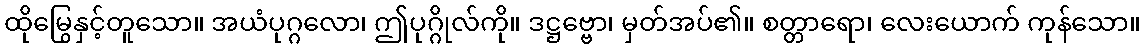
ထိုမြွေနှင့်တူသော။ အယံပုဂ္ဂလော၊ ဤပုဂ္ဂိုလ်ကို။ ဒဋ္ဌဗ္ဗော၊ မှတ်အပ်၏။ စတ္တာရော၊ လေးယောက် ကုန်သော။